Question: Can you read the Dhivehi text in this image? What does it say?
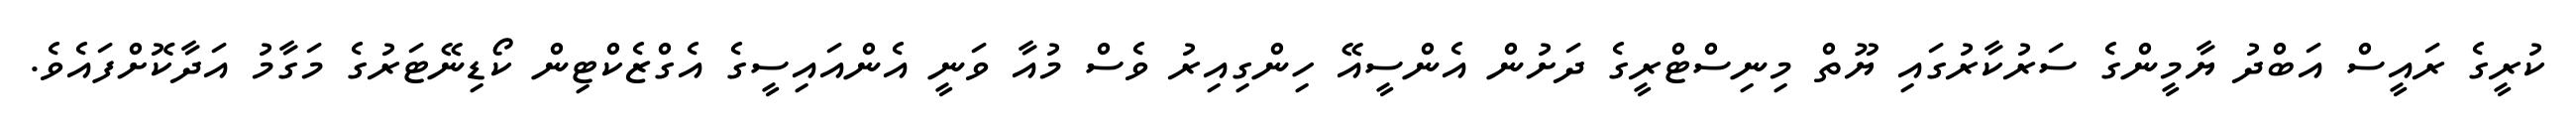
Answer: ކުރީގެ ރައީސް އަބްދު ޔާމީންގެ ސަރުކާރުގައި ޔޫތް މިނިސްޓްރީގެ ދަށުން އެންސީއޭ ހިންގިއިރު ވެސް މުއާ ވަނީ އެންއައިސީގެ އެގްޒެކްޓިން ކޯޑިނޭޓަރުގެ މަގާމު އަދާކޮށްފައެވެ.